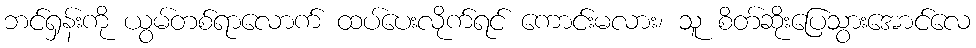
ဘင်ရှန်းကို ယွမ်တစ်ရာလောက် ထပ်ပေးလိုက်ရင် ကောင်းမလား၊ သူ စိတ်ဆိုးပြေသွားအောင်လေ